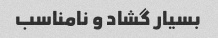
بسیار گشاد و نامناسب